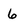
Character: 6